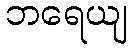
ဘရေယျ